Indian journal of veterinary science and animal husbandry - Volumes 15-17, 1948-1951
Year: 1948
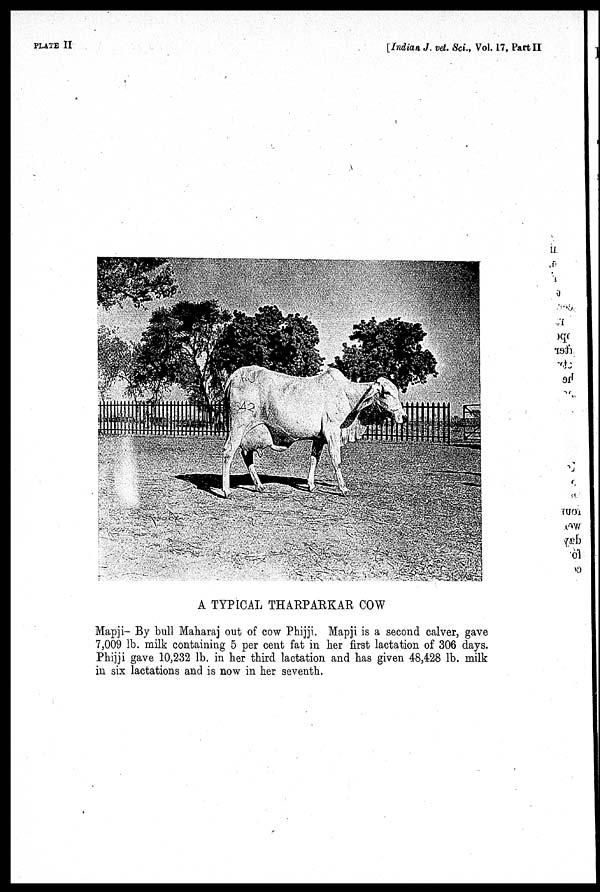
PLATE II
[Indian J. vet. Sci., Vol. 17, Part II
A TYPICAL THARPARKAR COW
Mapji- By bull Maharaj out of cow Phijji. Mapji is a second calver, gave
7,009 lb. milk containing 5 per cent fat in her first lactation of 306 days.
Phijji gave 10,232 lb. in her third lactation and has given 48,428 lb. milk
in six lactations and is now in her seventh.